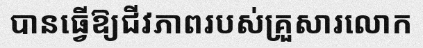
បានធ្វើឱ្យជីវភាពរបស់គ្រួសារលោក